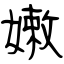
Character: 嫩